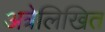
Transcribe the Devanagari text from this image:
अत्रेलिखित